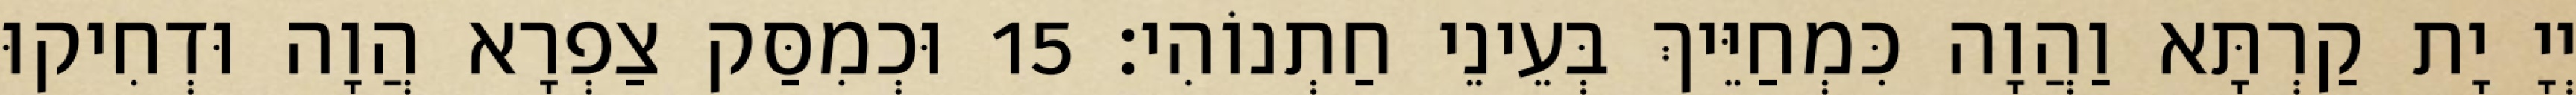
יְיָ יָת קַרְתָּא וַהֲוָה כִּמְחַיֵּיךְ בְּעֵינֵי חַתְנוֹהִי׃ 15 וּכְמִסַּק צַפְרָא הֲוָה וּדְחִיקוּ